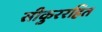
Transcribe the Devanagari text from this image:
सीकुररहित